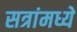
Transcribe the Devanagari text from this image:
सत्रांमध्ये